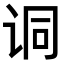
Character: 𫍣